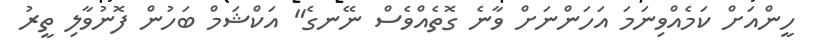
ހީންއަށް ކަމެއްވިނަމަ އަހަންނަށް ވާނެ ގޮތެއްވެސް ނޭނގެ" އަކްޝަމް ބަހުން ފޮނުވާލި ތީރު